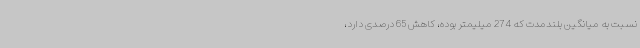
نسبت به میانگین بلندمدت که 274 میلیمتر بوده، کاهش 65 درصدی دارد،